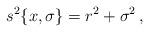
LaTeX: \begin{align*}s^2\{x,\sigma\}=r^2+\sigma^2\, ,\end{align*}